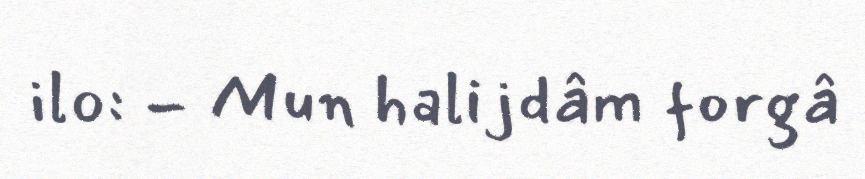
ilo: - Mun halijdâm forgâ